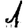
Digit: 1